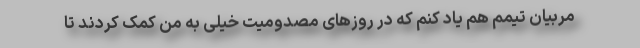
مربیان تیمم هم یاد کنم که در روزهای مصدومیت خیلی به من کمک کردند تا